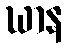
ဃာန